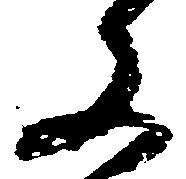
文